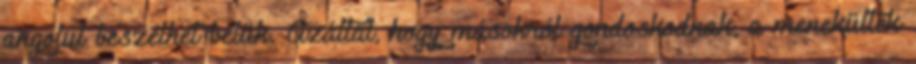
angolul beszélhet velük. Azáltal, hogy másokról gondoskodnak, a menekültek